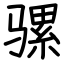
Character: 骡